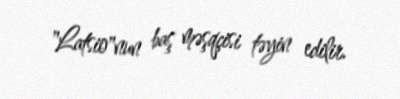
"Latsio"nun baş məşqçisi təyin edilir.